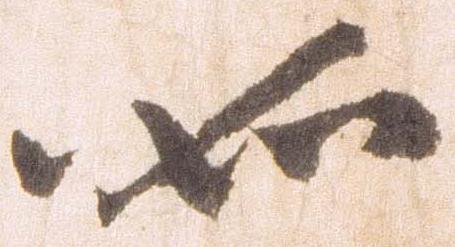
如